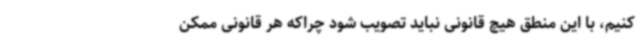
کنیم، با این منطق هیچ قانونی نباید تصویب شود چراکه هر قانونی ممکن